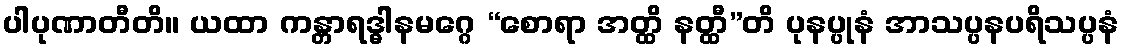
ပါပုဏာတီတိ။ ယထာ ကန္တာရဒ္ဓါနမဂ္ဂေ “စောရာ အတ္ထိ နတ္ထီ”တိ ပုနပ္ပုနံ အာသပ္ပနပရိသပ္ပနံ